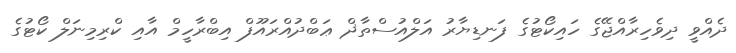
ދެއްވީ ދިވެހިރާއްޖޭގެ ހައިކޯޓުގެ ފަނޑިޔާރު އަލްއުސްތާޛް ޢަބްދުއްރައޫފް އިބްރާހީމް އާއި ކްރިމިނަލް ކޯޓުގެ